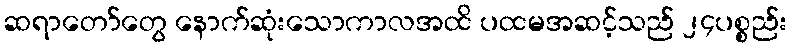
ဆရာတော်တွေ နောက်ဆုံးသောကာလအထိ ပထမအဆင့်သည် ၂၄ပစ္စည်း